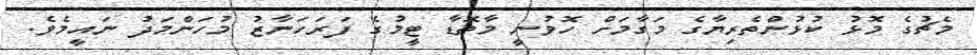
މެޗުގެ މޮޅު ކުޅުންތެރިޔާގެ މަގާމަށް ހޮވުނީ މާތޮޑާ ޓީމުގެ ފަރަހަނާޒު މުހަންމަދު ނައީމެވެ.